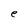
Character: e